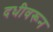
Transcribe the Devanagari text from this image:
दधीवरून